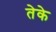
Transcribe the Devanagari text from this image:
तेके